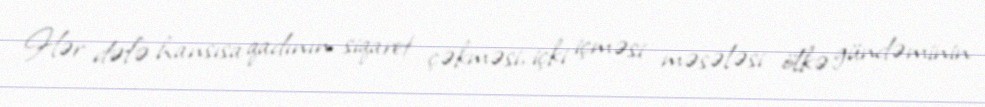
Hər dəfə hansısa qadının siqaret çəkməsi, içki içməsi məsələsi ölkə gündəminin